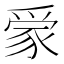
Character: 𧱌